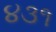
૪૩૧